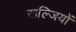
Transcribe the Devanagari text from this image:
खल्जियों